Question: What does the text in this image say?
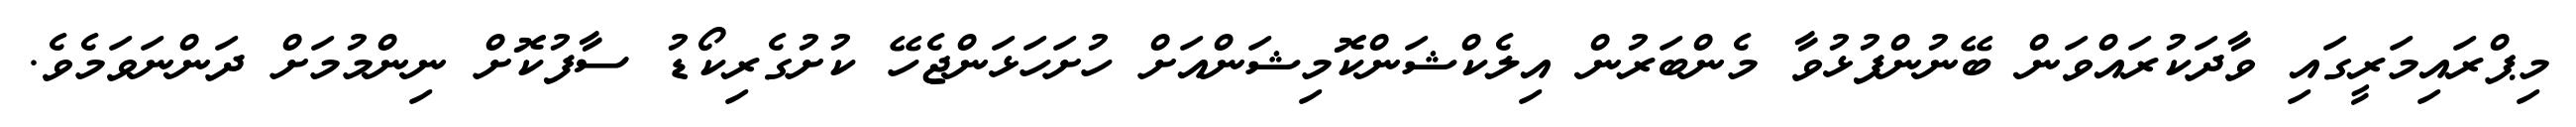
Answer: މިޕްރައިމަރީގައި ވާދަކުރައްވަން ބޭނުންފުޅުވާ މެންބަރުން އިލެކްޝަންކޮމިޝަންއަށް ހުށަހަޅަންޖެހޭ ކުށުގެރިކޯޑު ސާފުކޮށް ނިންމުމަށް ދަންނަވަމެވެ.